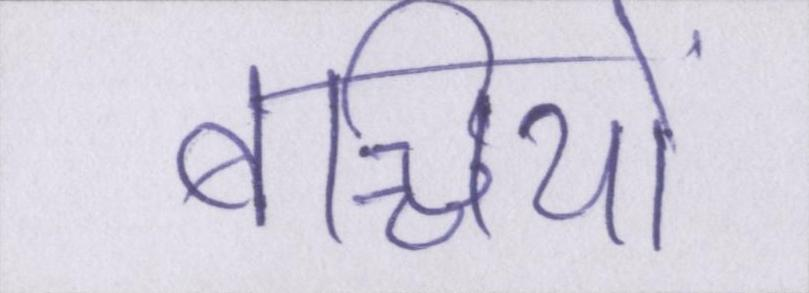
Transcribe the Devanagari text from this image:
बच्चियों